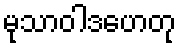
မုသာဝါဒဟေတု